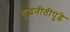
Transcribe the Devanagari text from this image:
युद्धनीतीपुढे